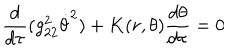
\frac { d } { d \tau } ( g _ { 2 2 } ^ { 2 } \dot { \theta } ^ { 2 } ) + K ( r , \theta ) \frac { d \theta } { d \tau } = 0